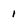
Character: 1